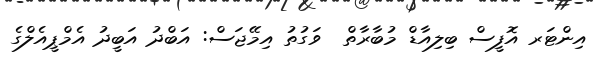
އިންޓަރ އޮފީސް ބިލިއާޑް މުބާރާތް  ވަގުތު އިމޭޖަސް: އަބްދު އަބީދު އެމްޕީއެލްގެ